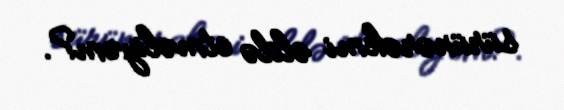
sürünərəkmi əldə etməliyəm?.